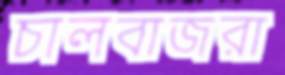
চালবাজরা